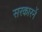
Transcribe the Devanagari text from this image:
सरकारनें